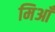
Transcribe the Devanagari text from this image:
मिआँ